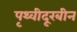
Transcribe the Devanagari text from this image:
पृथ्वीदूरबीन